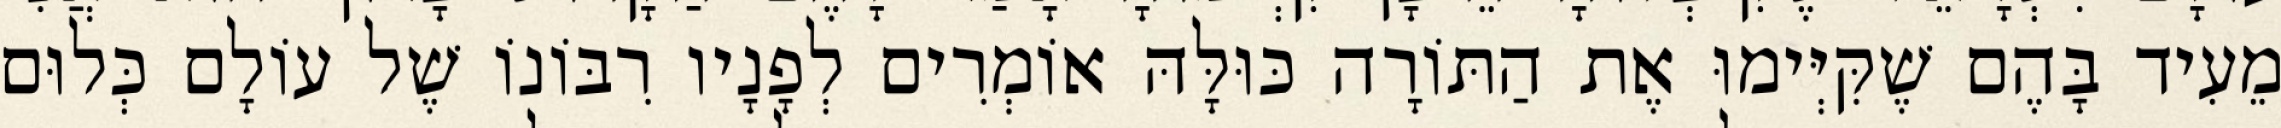
מֵעִיד בָּהֶם שֶׁקִּיְּימוּ אֶת הַתּוֹרָה כּוּלָּהּ אוֹמְרִים לְפָנָיו רִבּוֹנוֹ שֶׁל עוֹלָם כְּלוּם